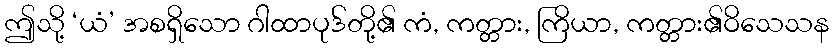
ဤသို့ ‘ယံ’ အစရှိသော ဂါထာပုဒ်တို့၏ ကံ, ကတ္တား, ကြိယာ, ကတ္တား၏ဝိသေသန